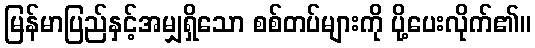
မြန်မာပြည်နှင့်အမျှရှိသော စစ်တပ်များကို ပို့ပေးလိုက်၏။